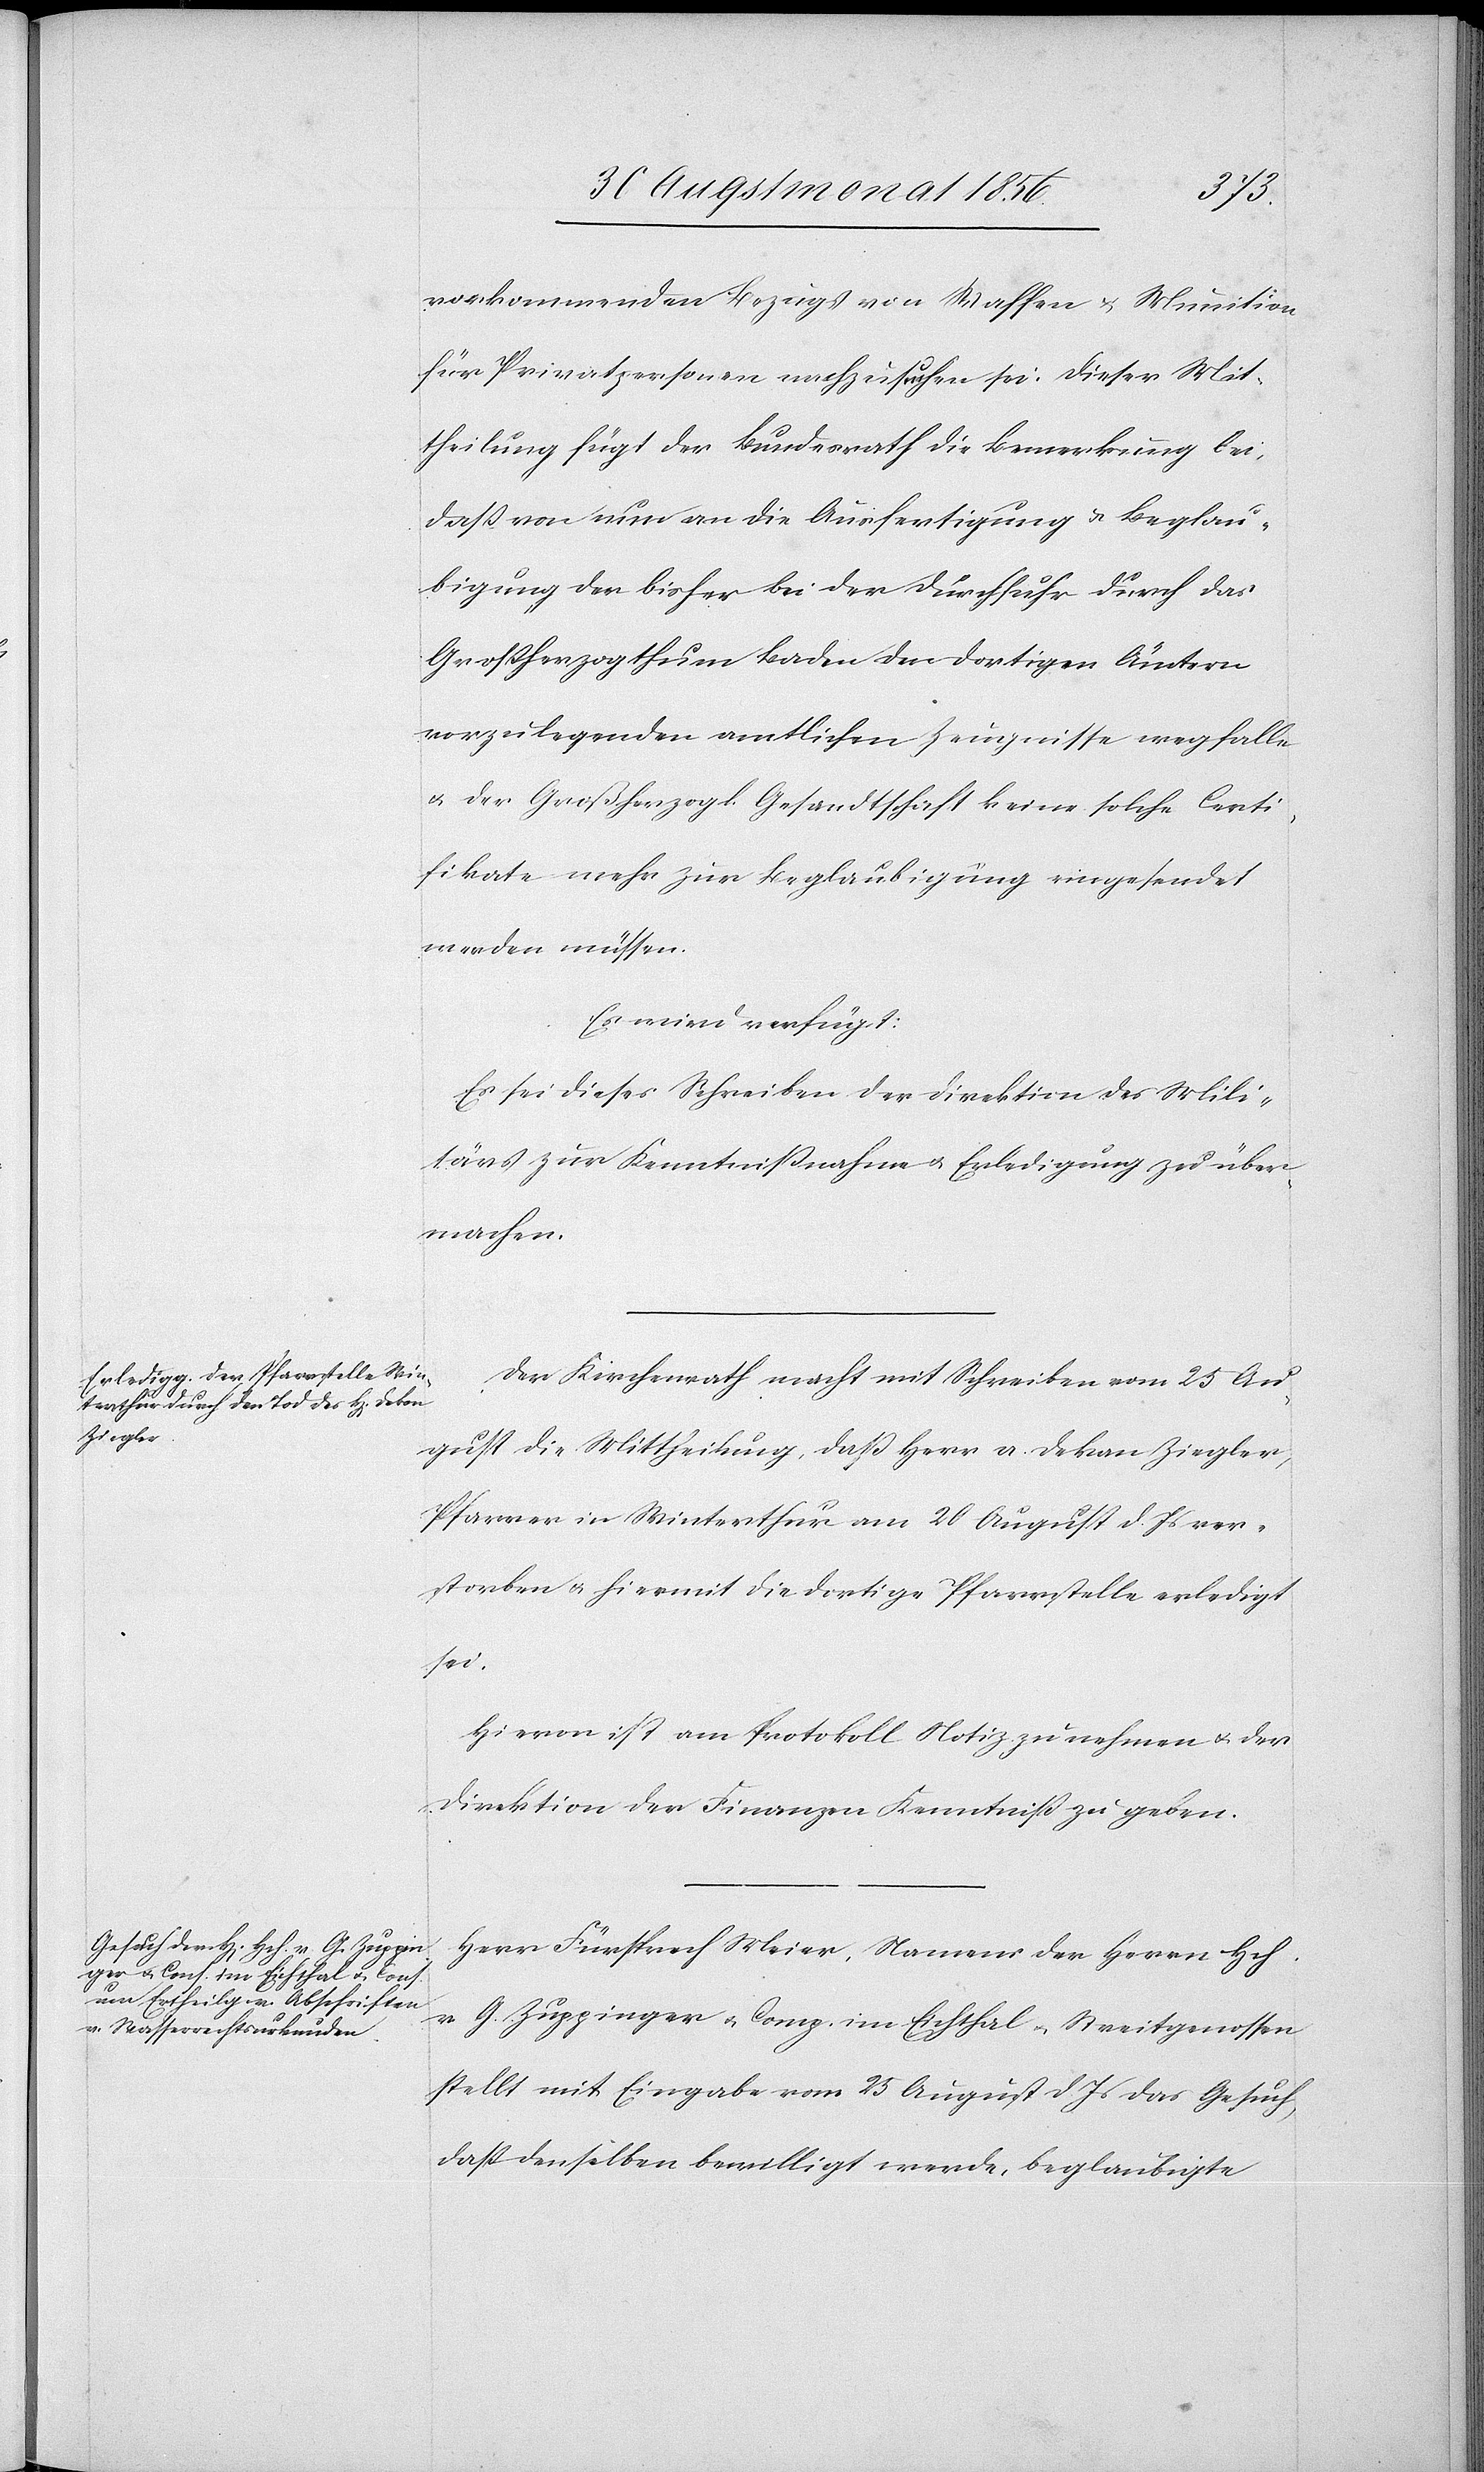
vorkommenden Bezugs von Waffen u. Munition
für Privatpersonen nachzusuchen sei. Dieser Mit¬
theilung fügt der Bundesrath die Bemerkung bei,
dass von nun an die Ausfertigung u. Beglau¬
bigung der bisher bei der Durchfuhr durch das
Grossherzogthum Baden den dortigen Ämtern
vorzulegenden amtlichen Zeugnisse wegfalle
u. der Großherzogl. Gesandtschaft keine solche Certi¬
fikate mehr zur Beglaubigung eingesendet
werden müssen.
Es wird verfügt:
Es sei dieses Schreiben der Direktion des Mili¬
tärs zur Kenntnissnahme u. Erledigung zu über¬
machen.
Der Kirchenrath macht mit Schreiben vom 25 Au¬
gust die Mittheilung, dass Herr a. Dekan Ziegler,
Pfarrer in Winterthur am 20 August d. Js ver¬
storben u. hiermit die dortige Pfarrstelle erledigt
sei.
Hievon ist am Protokoll Notiz zu nehmen u. der
Direktion der Finanzen Kenntniss zu geben.
Herr Fürsprech Meier, Namens der Herrn Hch.
v G. Zuppinger u. Comp. im Eichthal u. Streitgenossen
stellt mit Eingabe vom 25 August d. Js das Gesuch
dass denselben bewilligt werde, beglaubigte